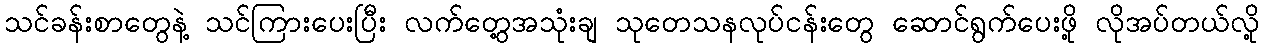
သင်ခန်းစာတွေနဲ့ သင်ကြားပေးပြီး လက်တွေ့အသုံးချ သုတေသနလုပ်ငန်းတွေ ဆောင်ရွက်ပေးဖို့ လိုအပ်တယ်လို့